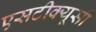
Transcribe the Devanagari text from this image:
एसटीक्यूसी